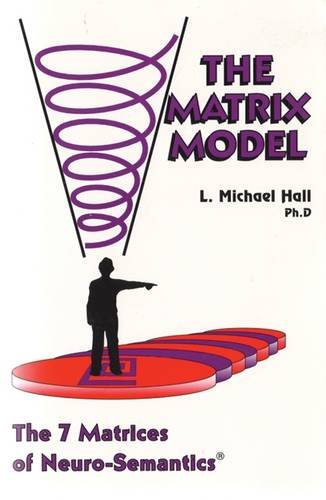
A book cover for Matrix Model: The 7 Matrices of Neuro-Semantics; L. Michael Hall; Self-Help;